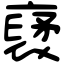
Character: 裦